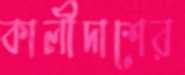
কালীদাশের